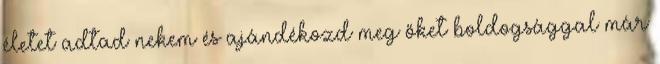
életet adtad nekem és ajándékozd meg őket boldogsággal már